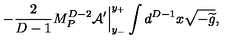
- { \frac { 2 } { D - 1 } } M _ { P } ^ { D - 2 } { \cal A } ^ { \prime } \Big | _ { y _ { - } } ^ { y _ { + } } \int d ^ { D - 1 } x \sqrt { - { \widetilde g } } ,